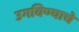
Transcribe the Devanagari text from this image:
उगविण्याचे